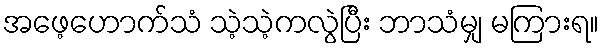
အဖေ့ဟောက်သံ သဲ့သဲ့ကလွဲပြီး ဘာသံမျှ မကြားရ။